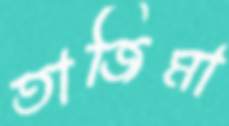
তাজিমা